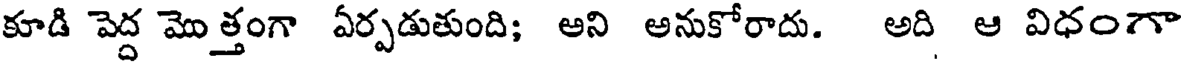
కూడి పెద్ద మొత్తంగా ఏర్పడుతుంది; అని అనుకోరాదు. అది ఆ విధంగా